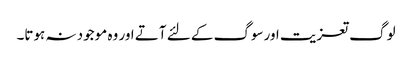
لوگ تعزیت اورسوگ کے لئے آتے اور وہ موجود نہ ہوتا۔